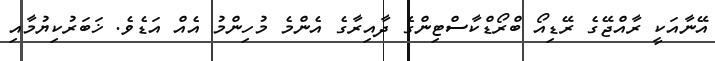
އޭނާއަކީ ރާއްޖޭގެ ރޭޑިއޯ ބްރޯޑްކާސްޓިންގެ ދާއިރާގެ އެންމެ މުހިންމު އެއް އަޑެވެ. ޚަބަރުކިޔުމާއި